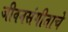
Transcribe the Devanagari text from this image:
जीवनसंगीताचे